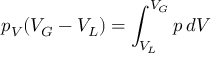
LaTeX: p _ { V } ( V _ { G } - V _ { L } ) = \int _ { V _ { L } } ^ { V _ { G } } p \, d V